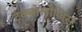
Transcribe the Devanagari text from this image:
टेक्नोलोजिस